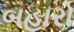
બહારો